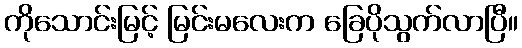
ကိုသောင်းမြင့် မြင်းမလေးက ခြေပိုသွက်လာပြီ။